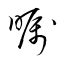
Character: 矚